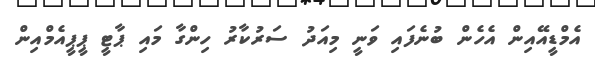
އެމްޑީއޭއިން އެހެން ބުނެފައި ވަނީ މިއަދު ސަރުކާރު ހިންގާ މައި ޕާޓީ ޕީޕީއެމްއިން